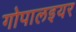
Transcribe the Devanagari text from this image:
गोपालइयर